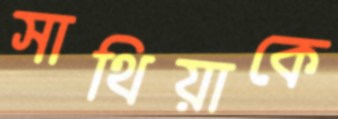
সাথিয়াকে